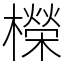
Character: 𣞁